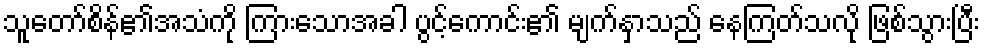
သူတော်စိန်၏အသံကို ကြားသောအခါ ပွင့်ကောင်း၏ မျက်နှာသည် နေကြတ်သလို ဖြစ်သွားပြီး